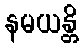
နမယန္တိ